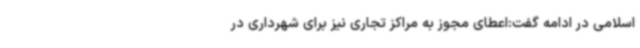
اسلامی در ادامه گفت:اعطای مجوز به مراکز تجاری نیز برای شهرداری در